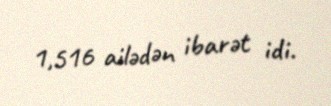
1,516 ailədən ibarət idi.